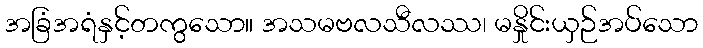
အခြံအရံနှင့်တကွသော။ အသမဗလသီလဿ၊ မနှိုင်းယှဉ်အပ်သော